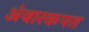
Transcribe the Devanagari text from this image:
अंबारकपत